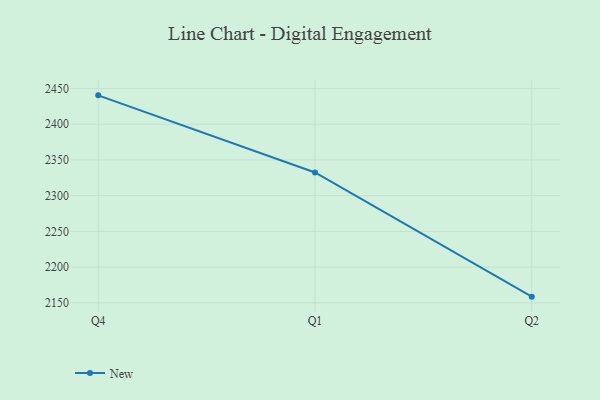
{"axis": {"x": "Quarter", "y": "Population (Million)"}, "legend": ["New"], "data": [{"x": "Q4", "y": 2440.3, "type": "New"}, {"x": "Q1", "y": 2332.4, "type": "New"}, {"x": "Q2", "y": 2158.7, "type": "New"}]}